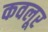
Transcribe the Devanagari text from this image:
कवलूर